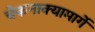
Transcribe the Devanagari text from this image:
चेकनाक्यामार्गे